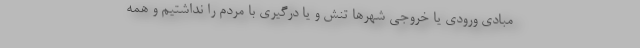
مبادی ورودی یا خروجی شهرها تنش و یا درگیری با مردم را نداشتیم و همه